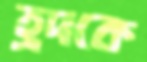
হ্রদকে